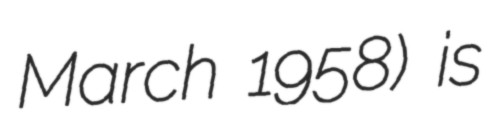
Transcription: March 1958) is